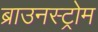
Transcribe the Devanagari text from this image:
ब्राउनस्ट्रोम